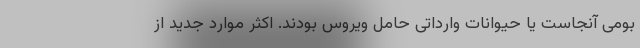
بومی آنجاست یا حیوانات وارداتی حامل ویروس بودند. اکثر موارد جدید از